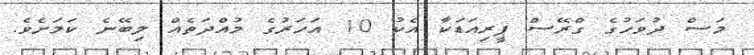
މަސް ދުވަހުގެ ގްރޭސް ޕީރިއަޑަކާ އެކު 10 އަހަރުގެ މުއްދަތެއް ލިބޭނެ ކަމަށެވެ.